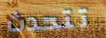
تتحدث